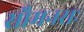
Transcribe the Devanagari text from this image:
सौमनसः